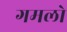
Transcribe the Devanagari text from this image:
गमलो